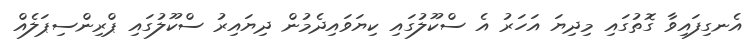
އެނގިފައިވާ ގޮތުގައި މިދިޔަ އަހަރު އެ ސްކޫލުގައި ކިޔަވައިދެމުން ދިޔައިރު ސްކޫލުގައި ޕްރިންސިޕަލެއް